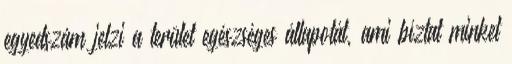
egyedszám jelzi a terület egészséges állapotát, ami bíztat minket